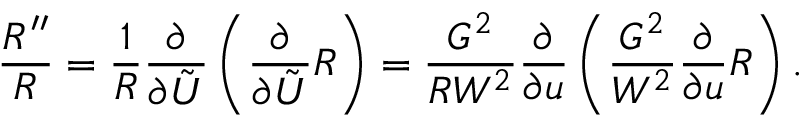
\frac { R ^ { \prime \prime } } { R } = \frac { 1 } { R } \frac { \partial } { \partial \tilde { U } } \left( \frac { \partial } { \partial \tilde { U } } R \right) = \frac { G ^ { 2 } } { R W ^ { 2 } } \frac { \partial } { \partial u } \left( \frac { G ^ { 2 } } { W ^ { 2 } } \frac { \partial } { \partial u } R \right) .